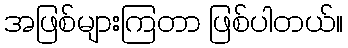
အဖြစ်များကြတာ ဖြစ်ပါတယ်။